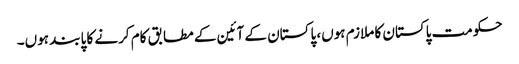
حکومت پاکستان کا ملازم ہوں، پاکستان کے آئین کے مطابق کام کرنے کا پابند ہوں۔